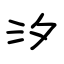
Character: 汐